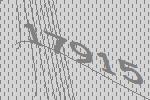
17915